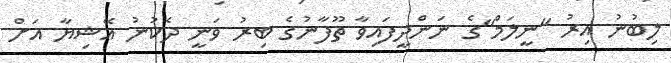
ލިބުނު އިރު "ނީލަމް"ގެ ނަންދީފައިވާ ތޫފާނުގެ ބިރު ވަނީ ދެކުނު އޭޝިޔާ އަށް